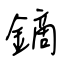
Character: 鏑